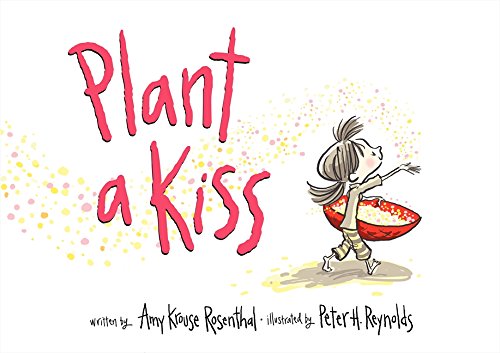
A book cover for Plant a Kiss; Amy Krouse Rosenthal; Children's Books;